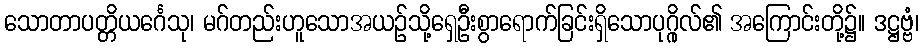
သောတာပတ္တိယင်္ဂေသု၊ မဂ်တည်းဟူသောအယဉ်သို့ရှေဦးစွာရောက်ခြင်းရှိသောပုဂ္ဂိုလ်၏ အကြောင်းတို့၌။ ဒဋ္ဌဗ္ဗံ၊